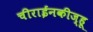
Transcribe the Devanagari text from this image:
चीराईनकीज्हू